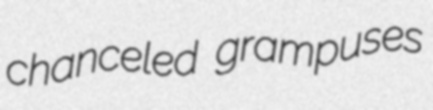
chanceled grampuses